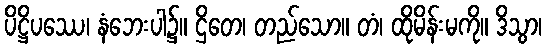
ပိဋ္ဌိပဿေ၊ နံဘေးပါ၌။ ဌိတေ၊ တည်သော။ တံ၊ ထိုမိန်းမကို။ ဒိသွာ၊